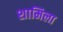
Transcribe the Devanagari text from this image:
शामिला